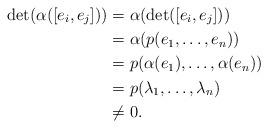
LaTeX: \begin{align*}\mbox{det}(\alpha([e_i,e_j]))&=\alpha(\mbox{det}([e_i,e_j]))\\&=\alpha(p(e_1,\dots,e_n))\\&=p(\alpha(e_1),\dots, \alpha(e_n))\\&=p(\lambda_1,\dots,\lambda_n)\\&\neq 0.\end{align*}